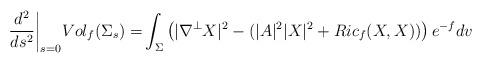
LaTeX: \begin{align*} \frac {d^2}{ds^2}\bigg|_{s=0}Vol_f(\Sigma_s)=&\int_{\Sigma}\left(|\nabla^{\bot}X|^2-(|A|^2|X|^2+Ric_f(X,X))\right)e^{-f}dv\end{align*}